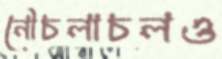
নৌচলাচলও